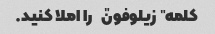
کلمه "زیلوفون" را املا کنید.